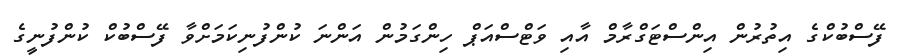
ފޭސްބުކްގެ އިތުރުން އިންސްޓަގްރާމް އާއި ވަޓްސްއަޕް ހިންގަމުން އަންނަ ކުންފުނިކަމަށްވާ ފޭސްބުކް ކުންފުނީގެ